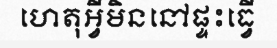
ហេតុអ្វីមិននៅផ្ទះធ្វើ